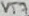
Text: VT7